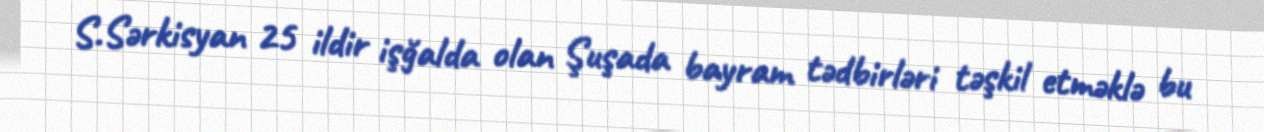
S.Sərkisyan 25 ildir işğalda olan Şuşada bayram tədbirləri təşkil etməklə bu